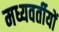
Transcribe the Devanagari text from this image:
मध्यवर्तीयों